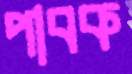
পাবক